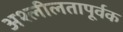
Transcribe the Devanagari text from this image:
अश्लीलतापूर्वक